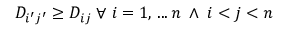
D _ { i ^ { \prime } j ^ { \prime } } \geq D _ { i j } \; \forall \; i = 1 , \, . . . \, n \; \land \; i < j < n